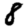
Digit: 8